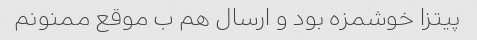
پیتزا خوشمزه بود و ارسال هم ب موقع ممنونم